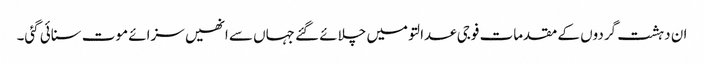
ان دہشت گردوں کے مقدمات فوجی عدالتو میں چلائے گئے جہاں سے انھیں سزائے موت سنائی گئی۔